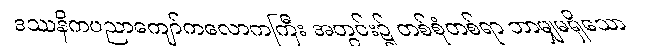
ဒဿနိကပညာကျော်ကလောကကြီး အတွင်း၌ တစ်စုံတစ်ရာ ဘာမျှမရှိသော